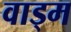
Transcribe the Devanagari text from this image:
वाड्म